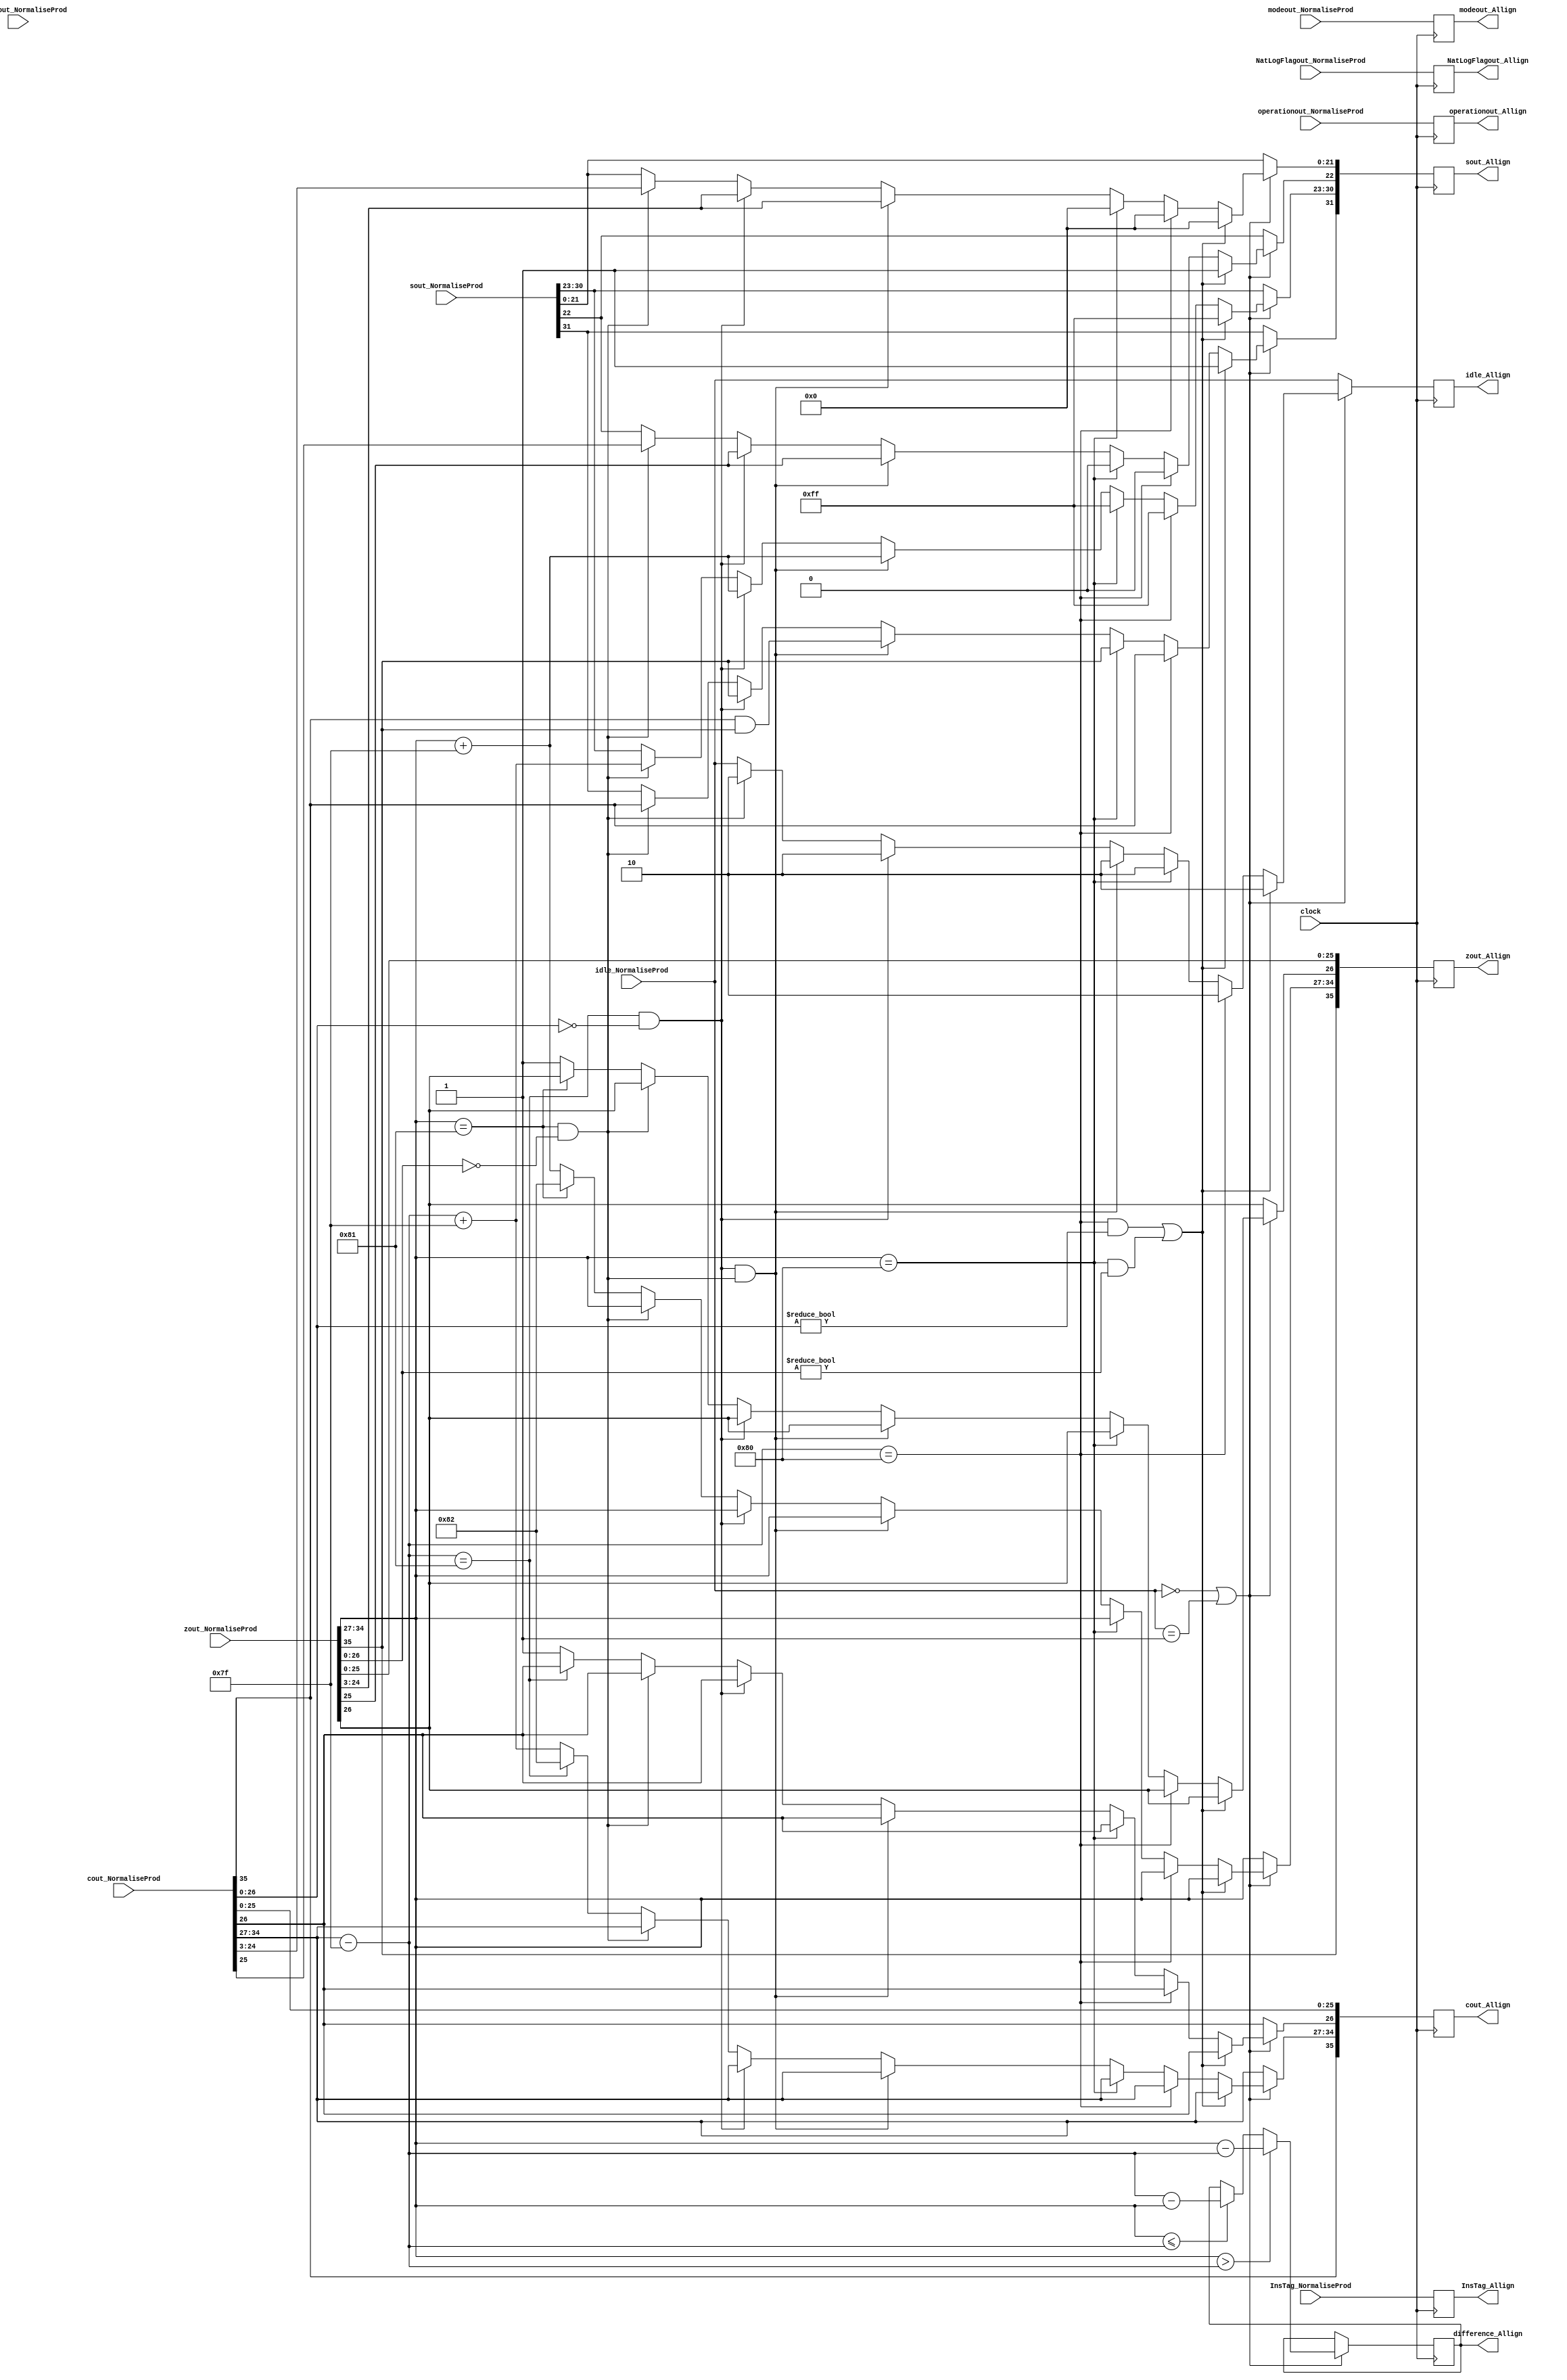
module Allign(
	input [1:0] idle_NormaliseProd,
	input [35:0] cout_NormaliseProd,
	input [35:0] zout_NormaliseProd,
	input [31:0] sout_NormaliseProd,
	input [1:0]  modeout_NormaliseProd,
	input operationout_NormaliseProd,
	input NatLogFlagout_NormaliseProd,
	input [49:0] productout_NormaliseProd,
	input [7:0] InsTag_NormaliseProd,
	input clock,
	output reg [1:0] idle_Allign,
	output reg [35:0] cout_Allign,
	output reg [35:0] zout_Allign,
	output reg [31:0] sout_Allign,
	output reg [1:0] modeout_Allign,
	output reg operationout_Allign,
	output reg NatLogFlagout_Allign,
	output reg [7:0] difference_Allign,
	output reg [7:0] InsTag_Allign
    );

parameter mode_circular  =2'b01, 
			 mode_linear    =2'b00, 
			 mode_hyperbolic=2'b11;

parameter no_idle = 2'b00,
			 allign_idle = 2'b01,
			 put_idle = 2'b10;

wire z_sign;
wire [7:0] z_exponent;
wire [26:0] z_mantissa;

wire c_sign;
wire [7:0] c_exponent;
wire [26:0] c_mantissa;

assign z_sign = zout_NormaliseProd[35];
assign z_exponent = zout_NormaliseProd[34:27];
assign z_mantissa = {zout_NormaliseProd[26:0]};

assign c_sign = cout_NormaliseProd[35];
assign c_exponent = cout_NormaliseProd[34:27] - 127;
assign c_mantissa = {cout_NormaliseProd[26:0]};

always @ (posedge clock)
begin
	
	InsTag_Allign <= InsTag_NormaliseProd;
	idle_Allign <= idle_NormaliseProd;
	modeout_Allign <= modeout_NormaliseProd;
	operationout_Allign <= operationout_NormaliseProd;
	NatLogFlagout_Allign <= NatLogFlagout_NormaliseProd; 
	
	if (idle_NormaliseProd == no_idle || idle_NormaliseProd == allign_idle) begin
		  if ($signed(z_exponent) > $signed(c_exponent)) begin
			    difference_Allign <= z_exponent - c_exponent;
		  end
		  else if ($signed(z_exponent) <= $signed(c_exponent)) begin
			    difference_Allign <= c_exponent - z_exponent;
		  end	


		  // Most of the special cases will never occur except the case where one input is zero.
		  // The HCORDIC module will not receive NaN and inf at input stage.
		  //if c is NaN or z is NaN return NaN 
        if ((c_exponent == 128 && c_mantissa != 0) || (z_exponent == 128 && z_mantissa != 0)) begin
          sout_Allign[31] <= 1;
          sout_Allign[30:23] <= 255;
          sout_Allign[22] <= 1;
          sout_Allign[21:0] <= 0;
			 zout_Allign <= zout_NormaliseProd;
			 cout_Allign <= cout_NormaliseProd;
			 idle_Allign <= put_idle;
        //if c is inf return inf
        end else if (c_exponent == 128) begin
          sout_Allign[31] <= c_sign;
          sout_Allign[30:23] <= 255;
          sout_Allign[22:0] <= 0;
			 zout_Allign <= zout_NormaliseProd;
			 cout_Allign <= cout_NormaliseProd;
          idle_Allign <= put_idle;							
        //if z is inf return inf
        end else if (z_exponent == 128) begin
          sout_Allign[31] <= z_sign;
          sout_Allign[30:23] <= 255;
          sout_Allign[22:0] <= 0;
			 zout_Allign <= zout_NormaliseProd;
			 cout_Allign <= cout_NormaliseProd;
          idle_Allign <= put_idle;							
        //if c is zero return z
        end else if ((($signed(c_exponent) == -127) && (c_mantissa == 0)) && (($signed(z_exponent) == -127) && (z_mantissa == 0))) begin
          sout_Allign[31] <= c_sign & z_sign;
          sout_Allign[30:23] <= z_exponent[7:0] + 127;
          sout_Allign[22:0] <= z_mantissa[26:3];
			 zout_Allign <= zout_NormaliseProd;
			 cout_Allign <= cout_NormaliseProd;
          idle_Allign <= put_idle;							
        //if c is zero return z
        end else if (($signed(c_exponent) == -127) && (c_mantissa == 0)) begin
          sout_Allign[31] <= z_sign;
          sout_Allign[30:23] <= z_exponent[7:0] + 127;
          sout_Allign[22:0] <= z_mantissa[26:3];
			 zout_Allign <= zout_NormaliseProd;
			 cout_Allign <= cout_NormaliseProd;
          idle_Allign <= put_idle;								
        //if z is zero return c
        end else if (($signed(z_exponent) == -127) && (z_mantissa == 0)) begin
          sout_Allign[31] <= c_sign;
          sout_Allign[30:23] <= c_exponent[7:0] + 127;
          sout_Allign[22:0] <= c_mantissa[26:3];
			 zout_Allign <= zout_NormaliseProd;
			 cout_Allign <= cout_NormaliseProd;
          idle_Allign <= put_idle;							
        end else begin
			 sout_Allign <= sout_NormaliseProd;
          //Denormalised Number
          if ($signed(c_exponent) == -127) begin
            cout_Allign[34:27] <= -126;
				cout_Allign[35] <= c_sign;
				cout_Allign[26:0] <= c_mantissa;
          end else begin
			   cout_Allign[34:27] <= c_exponent + 127;
				cout_Allign[35] <= c_sign;
            cout_Allign[26] <= 1;
				cout_Allign[25:0] <= c_mantissa[25:0];
          end
          //Denormalised Number
          if ($signed(z_exponent) == -127) begin
				zout_Allign[35] <= z_sign;
            zout_Allign[34:27] <= -126;
				zout_Allign[26:0] <= z_mantissa;
          end else begin
			 	zout_Allign[35] <= z_sign;
            zout_Allign[34:27] <= z_exponent + 127;
				zout_Allign[25:0] <= z_mantissa[25:0];
            zout_Allign[26] <= 1;
          end
		  end
	end
	
	else begin
		sout_Allign <= sout_NormaliseProd;
		zout_Allign <= zout_NormaliseProd;
		cout_Allign <= cout_NormaliseProd;
	end
end


endmodule